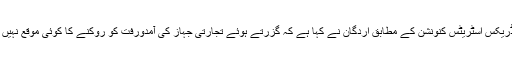
مونڈریکس اسٹریٹس کنونشن کے مطابق اردگان نے کہا ہے کہ گزرتے ہوئے تجارتی جہاز کی آمدورفت کو روکنے کا کوئی موقع نہیں ہے۔